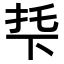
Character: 𬻙